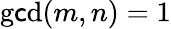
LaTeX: \operatorname*{g\mathsf{c}d}(m,n)=1